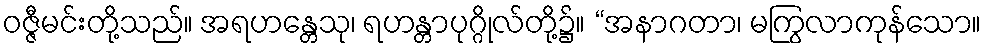
ဝဇ္ဇီမင်းတို့သည်။ အရဟန္တေသု၊ ရဟန္တာပုဂ္ဂိုလ်တို့၌။ “အနာဂတာ၊ မကြွလာကုန်သော။